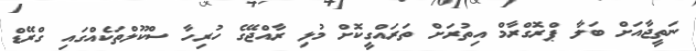
ނަތީޖާއަށް ބަލާ ޕްރޮގްރާމް އިތުރަށް ތަރައްގީކޮށް މުޅި ރާއްޖޭގެ ހުރިހާ ސްކޫލްތަކެއްގައި ގްރޭޑް